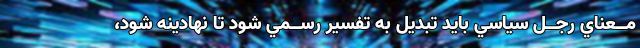
مــعناي رجــل سياسي بايد تبديل به تفسير رســمي‌ شود تا نهادينه شود،